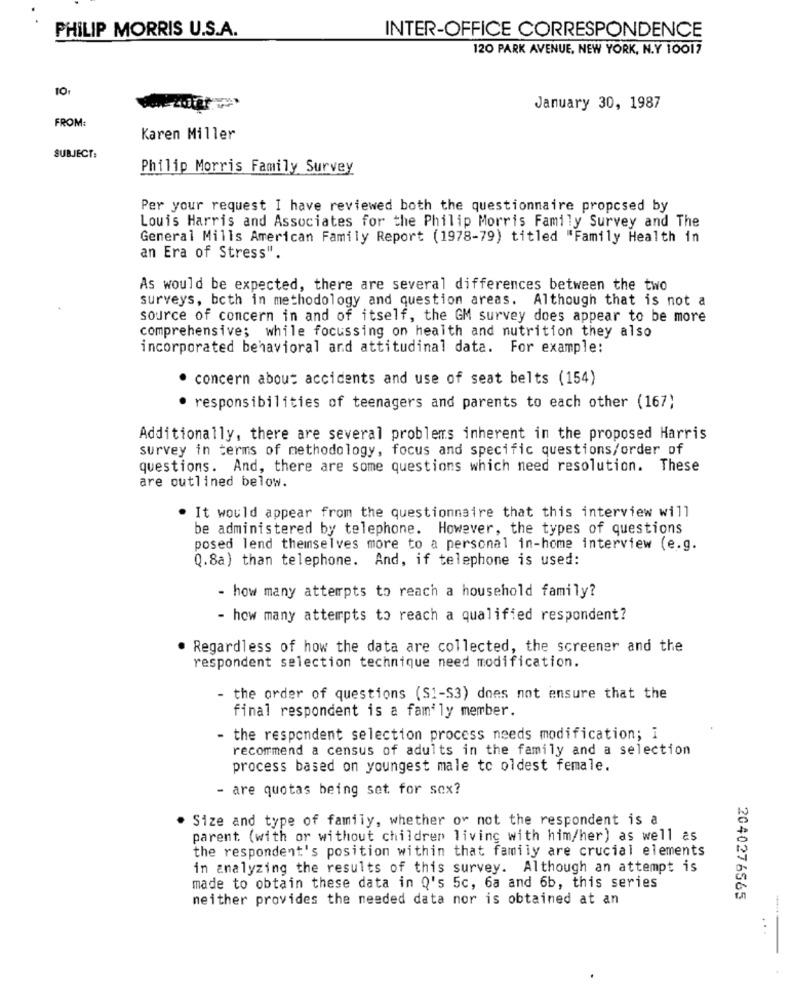
PHILIP MORRIS U.S.A.
INTER-OFFICE CORRESPONDENCE
120 PARK AVENUE, NEW YORK, N.Y 10017
January 30, 1987
FROM:
Karen Miller
SUBJECT:
Philip Morris Family Survey
Per your request I have reviewed both the questionnaire propcsed by
Louis Harris and Associates for the Philip Morris Family Survey and The
General Mills American Family Report (1978-79) titled "Family Health in
an Era of Stress".
As would be expected, there are several differences between the two
surveys, both in methodology and question areas. Although that is not a
source of concern in and of itself, the GM survey does appear to be more
comprehensive; while focussing on health and nutrition they also
incorporated behavioral and attitudinal data. For example:
· concern about accidents and use of seat belts (154)
· responsibilities of teenagers and parents to each other (167)
Additionally, there are several problems inherent in the proposed Harris
survey in terms of methodology, focus and specific questions/order of
questions. And, there are some questions which need resolution. These
are outlined below.
. It would appear from the questionnaire that this interview will
be administered by telephone. However, the types of questions
posed lend themselves more to a personal in-home interview (e.g.
Q.8a) than telephone. And, if telephone is used:
- how many attempts to reach a household family?
- how many attempts to reach a qualified respondent?
. Regardless of how the data are collected, the screener and the
respondent selection technique need modification.
- the order of questions (S1-S3) does not ensure that the
final respondent is a family member.
- the respondent selection process needs modification; i
recommend a census of adults in the family and a selection
process based on youngest male to oldest female.
- are quotas being set for sex?
Size and type of family, whether or not the respondent is a
parent (with or without children living with him/her) as well as
the respondent's position within that family are crucial elements
in analyzing the results of this survey. Although an attempt is
made to obtain these data in Q's 5c, 6a and 6b, this series
neither provides the needed data nor is obtained at an
2040276565
..